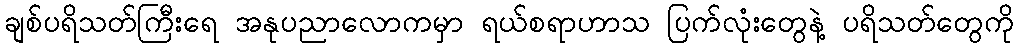
ချစ်ပရိသတ်ကြီးရေ အနုပညာလောကမှာ ရယ်စရာဟာသ ပြက်လုံးတွေနဲ့ ပရိသတ်တွေကို